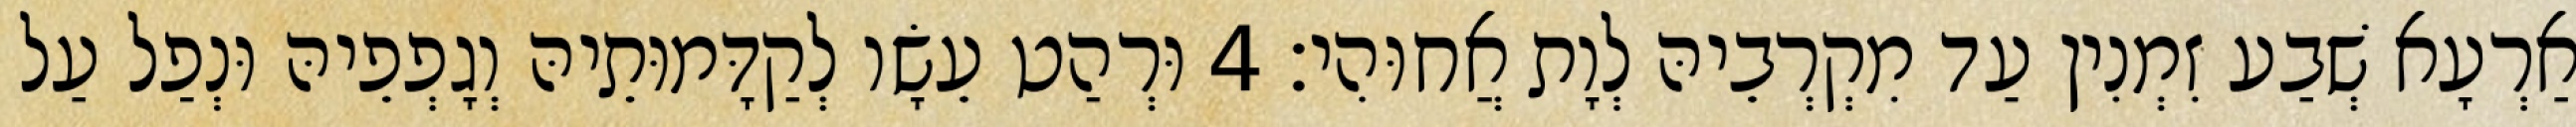
אַרְעָא שְׁבַע זִמְנִין עַד מִקְרְבֵיהּ לְוָת אֲחוּהִי׃ 4 וּרְהַט עֵשָׂו לְקַדָּמוּתֵיהּ וְגָפְפֵיהּ וּנְפַל עַל